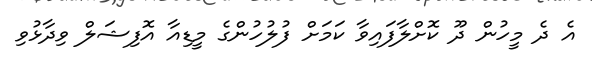
އެ ދެ މީހުން ދޫ ކޮށްލާފައިވާ ކަމަށް ފުލުހުންގެ މީޑިއާ އޮފިޝަލް ވިދާޅުވި